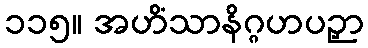
၁၁၅။ အဟိံသာနိဂ္ဂဟပဉှာ